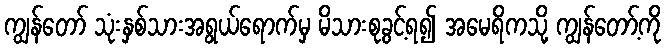
ကျွန်တော် သုံးနှစ်သားအရွယ်ရောက်မှ မိသားစုခွင့်ရ၍ အမေရိကသို့ ကျွန်တော့်ကို